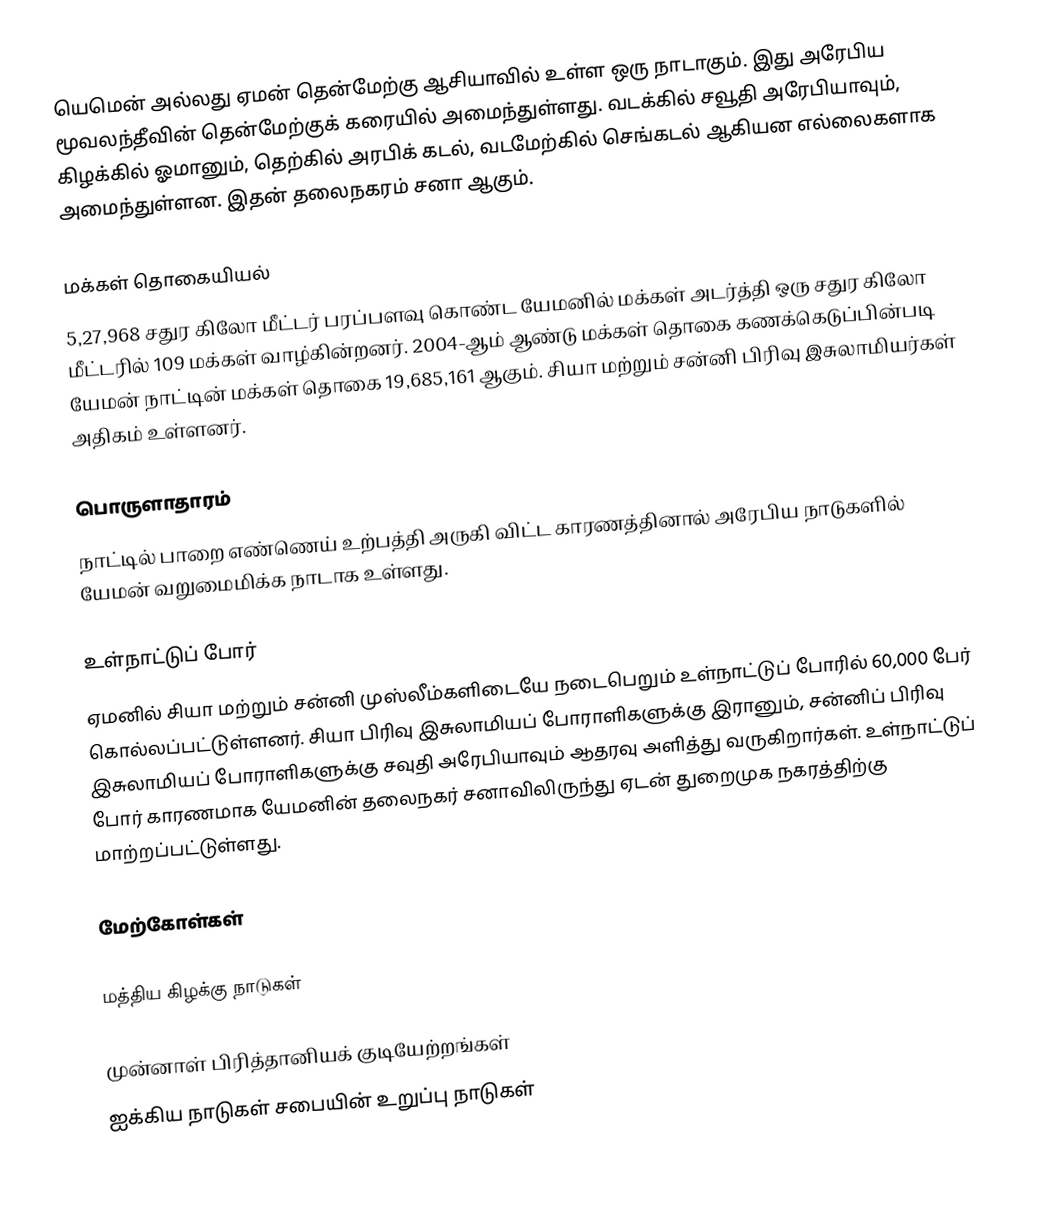
யெமென் அல்லது ஏமன் தென்மேற்கு ஆசியாவில் உள்ள ஒரு நாடாகும். இது அரேபிய மூவலந்தீவின் தென்மேற்குக் கரையில் அமைந்துள்ளது. வடக்கில் சவூதி அரேபியாவும், கிழக்கில் ஓமானும், தெற்கில் அரபிக் கடல், வடமேற்கில் செங்கடல் ஆகியன எல்லைகளாக  அமைந்துள்ளன. இதன் தலைநகரம் சனா ஆகும்.

மக்கள் தொகையியல்
5,27,968 சதுர கிலோ மீட்டர் பரப்பளவு கொண்ட யேமனில் மக்கள் அடர்த்தி ஒரு சதுர கிலோ மீட்டரில் 109 மக்கள் வாழ்கின்றனர். 2004-ஆம் ஆண்டு மக்கள் தொகை கணக்கெடுப்பின்படி யேமன் நாட்டின் மக்கள் தொகை 19,685,161 ஆகும். சியா மற்றும் சன்னி பிரிவு இசுலாமியர்கள் அதிகம் உள்ளனர்.

பொருளாதாரம்
நாட்டில் பாறை எண்ணெய் உற்பத்தி அருகி விட்ட காரணத்தினால் அரேபிய நாடுகளில் யேமன் வறுமைமிக்க நாடாக உள்ளது.

உள்நாட்டுப் போர்
ஏமனில் சியா மற்றும் சன்னி முஸ்லீம்களிடையே நடைபெறும் உள்நாட்டுப் போரில் 60,000 பேர் கொல்லப்பட்டுள்ளனர். சியா பிரிவு இசுலாமியப் போராளிகளுக்கு இரானும், சன்னிப் பிரிவு இசுலாமியப் போராளிகளுக்கு சவுதி அரேபியாவும் ஆதரவு அளித்து வருகிறார்கள். உள்நாட்டுப் போர் காரணமாக யேமனின் தலைநகர் சனாவிலிருந்து ஏடன் துறைமுக நகரத்திற்கு மாற்றப்பட்டுள்ளது.

மேற்கோள்கள்

மத்திய கிழக்கு நாடுகள்

முன்னாள் பிரித்தானியக் குடியேற்றங்கள்
ஐக்கிய நாடுகள் சபையின் உறுப்பு நாடுகள்